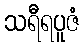
သရီရပူဇံ